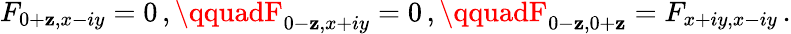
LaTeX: F_{0+\mathbf{z},x-iy}=0\, ,\qquadF_{0-\mathbf{z},x+iy}=0\, ,\qquadF_{0-\mathbf{z},0+\mathbf{z}}=F_{x+iy,x-iy}\, .